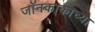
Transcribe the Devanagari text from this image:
जॉनकाकाच्या